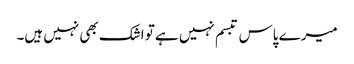
میرے پاس تبسم نہیں ہے تو اشک بھی نہیں ہیں۔